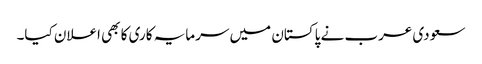
سعودی عرب نے پاکستان میں سرمایہ کاری کا بھی اعلان کیا۔